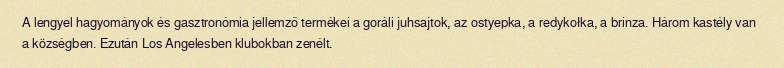
A lengyel hagyományok és gasztronómia jellemző termékei a goráli juhsajtok, az ostyepka, a redykołka, a brinza. Három kastély van a községben. Ezután Los Angelesben klubokban zenélt.